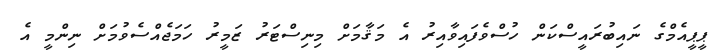
ޕީޕީއެމްގެ ނައިބުރައީސްކަން ހުސްވެފައިވާއިރު އެ މަޤާމަށް މިނިސްޓަރު ޒަމީރު ހަމަޖެއްސެވުމަށް ނިންމީ އެ